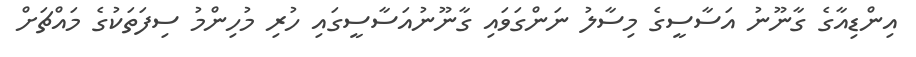
އިންޑިއާގެ ގާނޫނު އަސާސީގެ މިސާލު ނަންގަވައި ގާނޫނުއަސާސީގައި ހުރި މުހިންމު ސިފަތަކުގެ މައްޗަށް